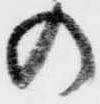
の